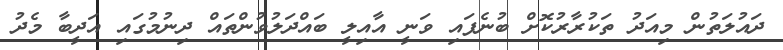
ދައުލަތުން މިއަދު ތަކުރާރުކޮށް ބުނެފައި ވަނީ އާއިލީ ބައްދަލުވުންތައް ދިނުމުގައި އަދީބާ މެދު